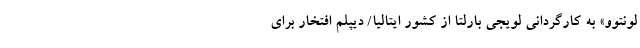
لونتوو» به کارگردانی لویجی بارلتا از کشور ایتالیا/ دیپلم افتخار برای